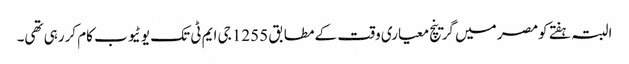
البتہ ہفتے کومصر میں گرینچ معیاری وقت کے مطابق 1255 جی ایم ٹی تک یوٹیوب کام کررہی تھی۔